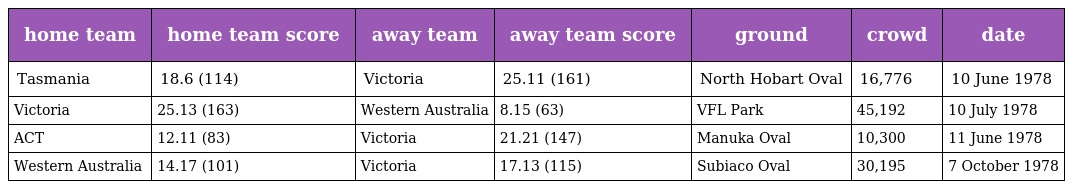
| home team | home team score | away team | away team score | ground | crowd | date |
 | --- | --- | --- | --- | --- | --- | --- |
 | Tasmania | 18.6 (114) | Victoria | 25.11 (161) | North Hobart Oval | 16,776 | 10 June 1978 |
 | Victoria | 25.13 (163) | Western Australia | 8.15 (63) | VFL Park | 45,192 | 10 July 1978 |
 | ACT | 12.11 (83) | Victoria | 21.21 (147) | Manuka Oval | 10,300 | 11 June 1978 |
 | Western Australia | 14.17 (101) | Victoria | 17.13 (115) | Subiaco Oval | 30,195 | 7 October 1978 |